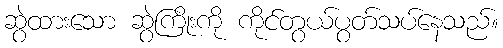
ဆွဲထားသော ဆွဲကြိုးကို ကိုင်တွယ်ပွတ်သပ်နေသည်။